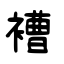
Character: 褿